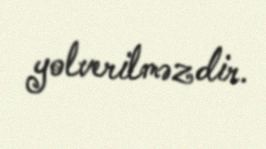
yolverilməzdir.